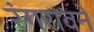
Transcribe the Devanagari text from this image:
रंगरावने